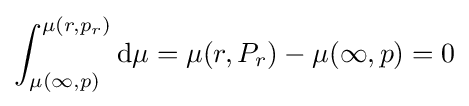
\int _{\mu (\infty ,p)}^{\mu (r,p_{r})}\mathrm {d} \mu ={\mu (r,P_{r})}-{\mu (\infty ,p)}=0